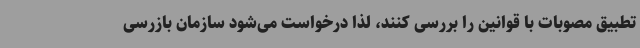
تطبیق مصوبات با قوانین را بررسی کنند، لذا درخواست می‌شود سازمان بازرسی